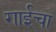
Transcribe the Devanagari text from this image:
गाईचा